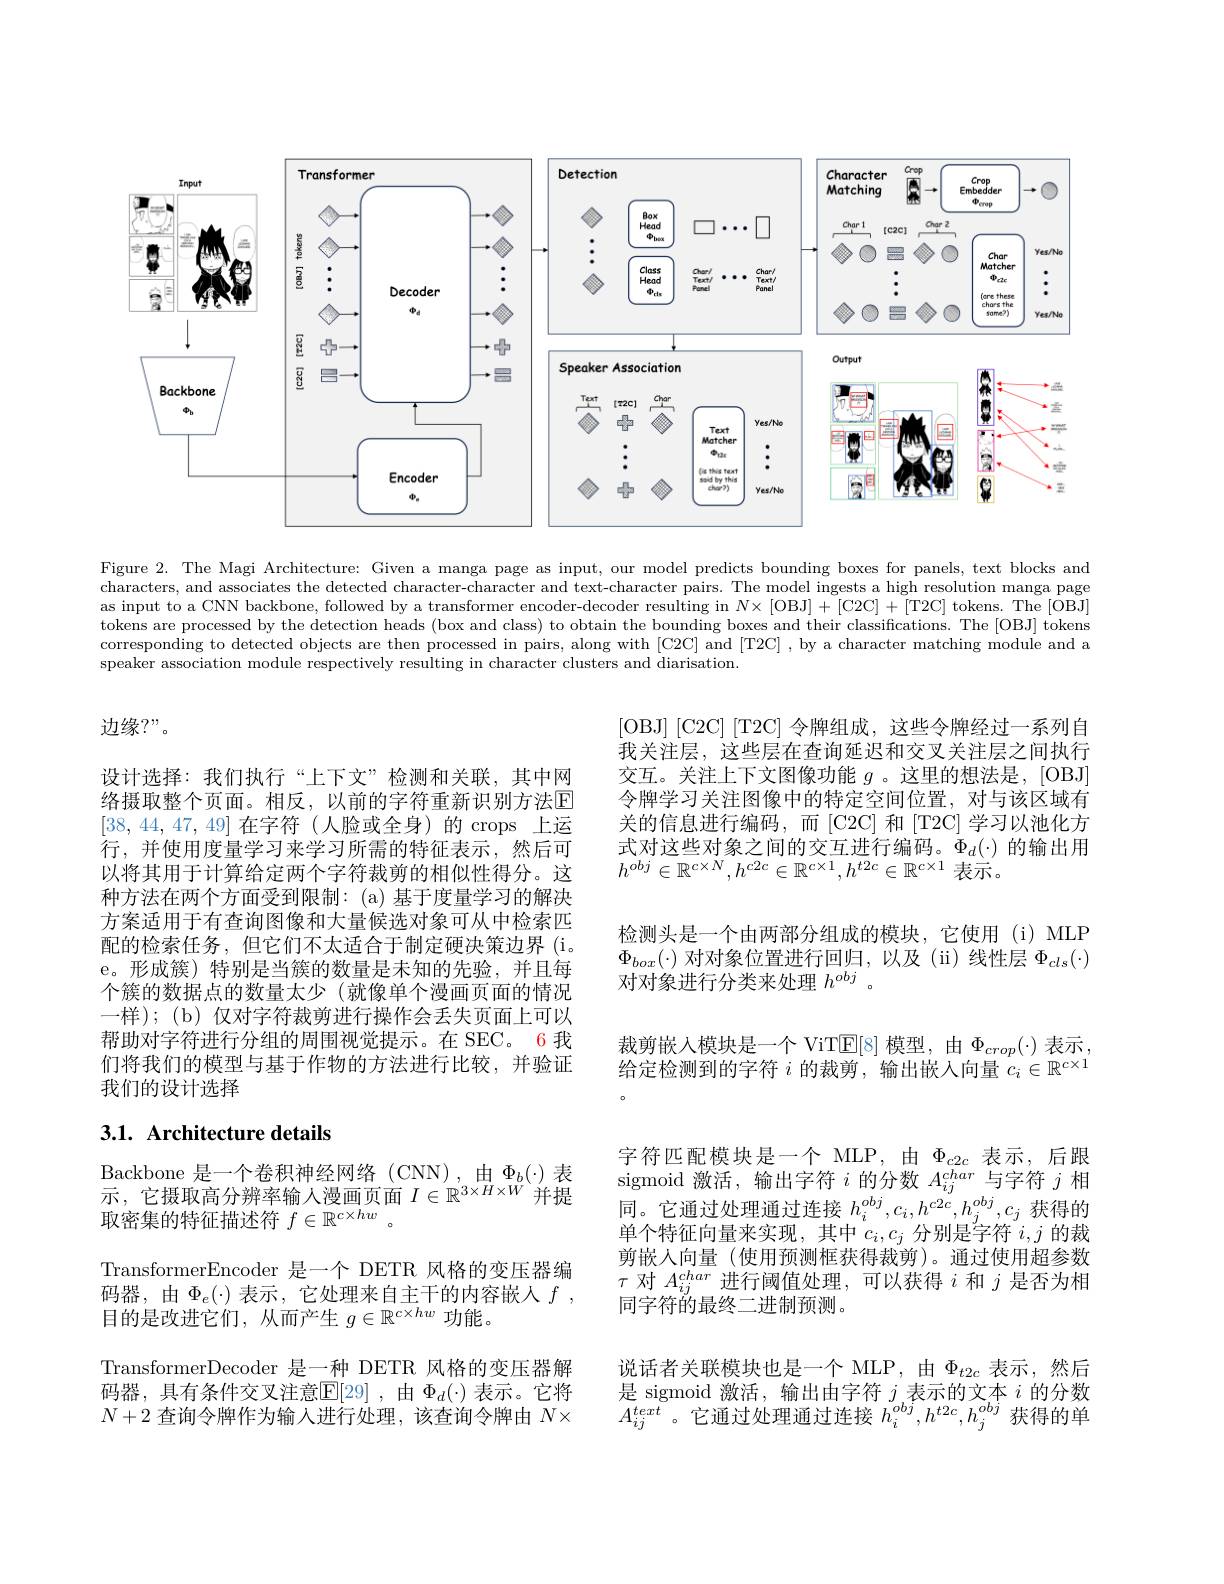
<FigureHere>

Figure 2. The Magi Architecture: Given a manga page as input, our model predicts bounding boxes for panels, text blocks and characters, and associates the detected character-character and text-character pairs. The model ingests a high resolution manga page as input to a CNN backbone, followed by a transformer encoder-decoder resulting in $N\times [$OBJ]+[C2C]+[T2C] tokens. The [OBJ] tokens are processed by the detection heads (box and class) to obtain the bounding boxes and their classifications. The [OBJ] tokens corresponding to detected objects are then processed in pairs, along with [C2C] and [T2C] , by a character matching module and a speaker association module respectively resulting in character clusters and diarisation.

边缘？”。

$\left[\mathrm{OBJ}\right]\left[\mathrm{C2C}\right]\left[\mathrm{T2C}\right]$令牌组成，这些令牌经过一系列自我关注层，这些层在查询延迟和交叉关注层之间执行交互。关注上下文图像功能$g$ 。这里的想法是，[OBJ] 令牌学习关注图像中的特定空间位置，对与该区域有关的信息进行编码，而[C2C]和[T2C]学习以池化方式对这些对象之间的交互进行编码。$\Phi_d(\cdot)$的输出用$h^{obj}\in\mathbb{R}^{c\times N},h^{c2c}\in\mathbb{R}^{c\times1},h^{t2c}\in\mathbb{R}^{c\times1}$表示。

设计选择：我们执行“上下文”检测和关联，其中网络摄取整个页面。相反，以前的字符重新识别方法$\mathbb{E}$ [38,44,47,49]在字符(人脸或全身)的 crops 上运行，并使用度量学习来学习所需的特征表示，然后可以将其用于计算给定两个字符裁剪的相似性得分。这种方法在两个方面受到限制：(a)基于度量学习的解决方案适用于有查询图像和大量候选对象可从中检索匹配的检索任务，但它们不太适合于制定硬决策边界(i。e。形成簇)特别是当簇的数量是未知的先验，并且每个簇的数据点的数量太少(就像单个漫画页面的情况一样);(b) 仅对字符裁剪进行操作会丢失页面上可以帮助对字符进行分组的周围视觉提示。在 SEC。6 我们将我们的模型与基于作物的方法进行比较，并验证我们的设计选择

检测头是一个由两部分组成的模块，它使用(i)MLP $\Phi_{box}(\cdot)$对对象位置进行回归，以及(ii)线性层$\Phi_cls(\cdot)$ 对对象进行分类来处理$h^{obj}$ 。

裁 剪 嵌 入 模 块 是 一 个 ViTE[ 8] 模 型 , 由 $\Phi _{crop}( \cdot )$ 表 示 , 给 定 检 测 到 的 字 符 $i$ 的 裁 剪 , 输 出 嵌 人 向 量 $c_i\in \mathbb{R} ^{c\times 1}$ 字符匹配模块是一个 MLP,由$\Phi_{c2c}$表示，后跟sigmoid 激活，输出字符$i$的分数$A_ij^{char}$与字符$j$相同。它通过处理通过连接$h_i^{obj},c_i,h^{c2c},h_j^{obj},c_j$获得的单个特征向量来实现，其中$c_i,c_j$分别是字符$i,j$的裁剪嵌人向量(使用预测框获得裁剪)。通过使用超参数$\tau$对$A_{ij}^{char}$进行阈值处理，可以获得$i$和$j$是否为相同字符的最终二进制预测。
说话者关联模块也是一个 MLP,由$\Phi_{t2c}$表示，然后是 sigmoid 激活，输出由字符$j$表示的文本$i$的分数$A_{ij}^{text}$。它通过处理通过连接$h_i^obj,h^{t2c},h_j^{obj}$获得的单

## 3.1. Architecture details

Backbone 是一个卷积神经网络(CNN),由$\Phi_b(\cdot)$ 表示，它摄取高分辨率输人漫画页面$I\in\mathbb{R}^3\times H\times W$并提取密集的特征描述符$f\in\mathbb{R}^c\times hw$ 。
TransformerEncoder 是一个 DETR 风格的变压器编码器，由$\Phi_e(\cdot)$ 表示，它处理来自主干的内容嵌人 $f$, 目的是改进它们，从而产生$g\in\mathbb{R}^{c\times hw}$功能。
TransformerDecoder 是一种 DETR 风格的变压器解码器，具有条件交叉注意$\overline{\mathbb{E}}[29]$ ,由 $\Phi_d(\cdot)$ 表示。它将$N+2$查询令牌作为输入进行处理，该查询令牌由$N\times$